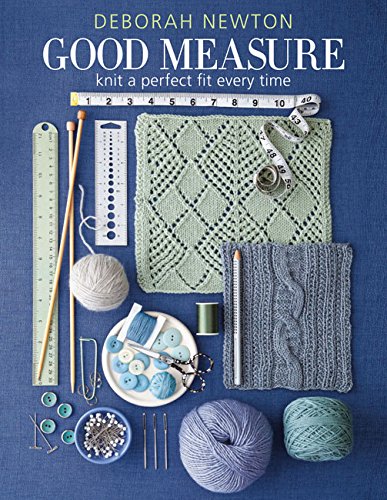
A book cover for Good Measure: Knit a Perfect Fit Every Time; Deborah Newton; Crafts, Hobbies & Home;